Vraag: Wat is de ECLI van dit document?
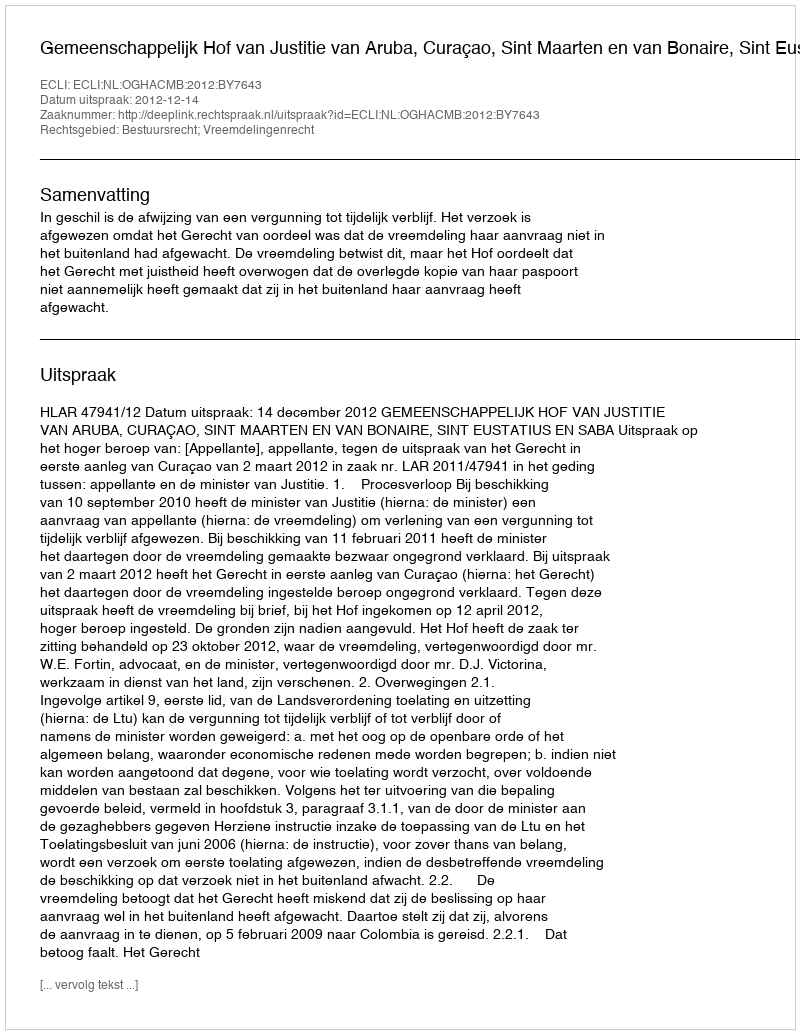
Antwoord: ECLI:NL:OGHACMB:2012:BY7643